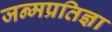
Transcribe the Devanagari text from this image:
जन्मप्रतिज्ञा